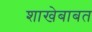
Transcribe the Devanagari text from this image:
शाखेबाबत